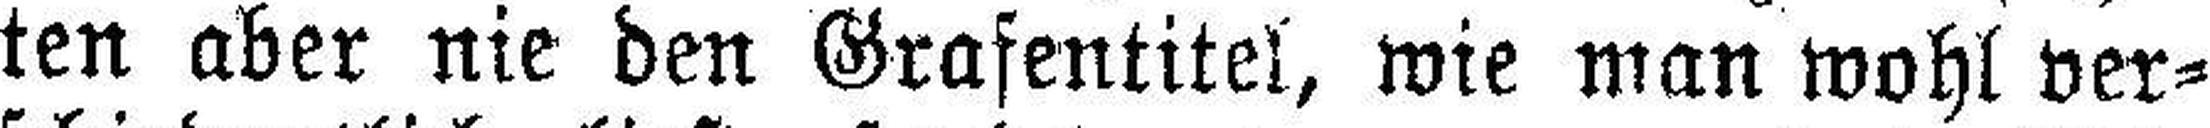
ten aber nie den Grafentitel, wie man wohl ver¬